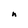
Character: h